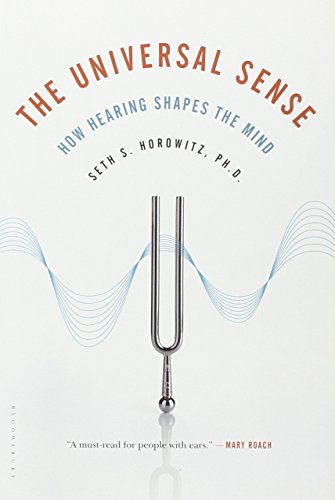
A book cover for The Universal Sense: How Hearing Shapes the Mind; Seth S. Horowitz; Science & Math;